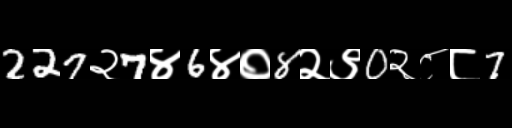
Text: 227२7४6४०8२९0२८८7